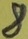
Text: 8